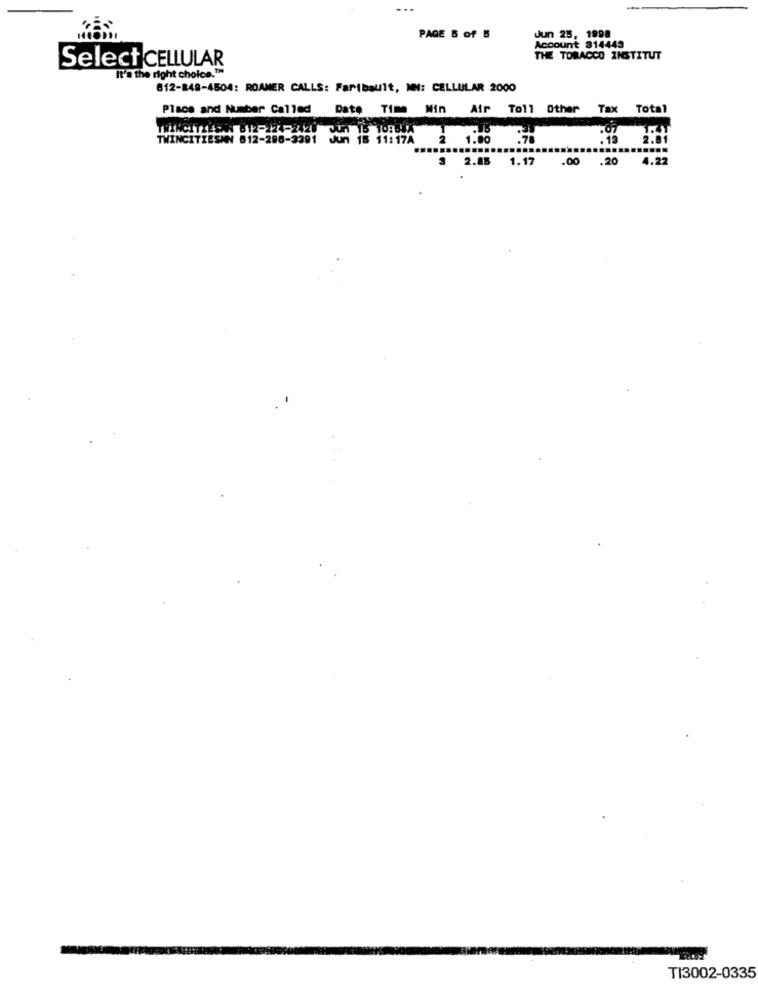
PAGE 5 of 5
Jun 25, 1998
Account 314443
Select CELLULAR
THE TOBACCO INSTITUT
It's the right choice.™
812-849-4504: ROAMER CALLS: Faribault, NN: CELLULAR 2000
Place and Number Called
Date Time Win Air Toll Other Tax Total
TWINCITIESAN 812-388-3501 0 1: 11:17A 2 1.00
:70
2.81
3 2.85 1.17 .00 .20 4.22
TI3002-0335